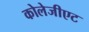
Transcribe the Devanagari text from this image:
कोलेजीएट